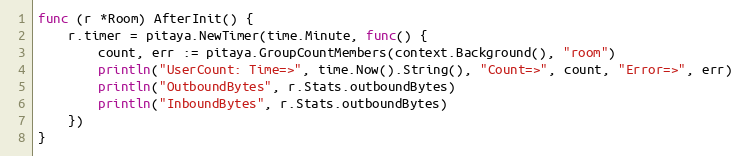
Language: Go
func (r *Room) AfterInit() {
	r.timer = pitaya.NewTimer(time.Minute, func() {
		count, err := pitaya.GroupCountMembers(context.Background(), "room")
		println("UserCount: Time=>", time.Now().String(), "Count=>", count, "Error=>", err)
		println("OutboundBytes", r.Stats.outboundBytes)
		println("InboundBytes", r.Stats.outboundBytes)
	})
}